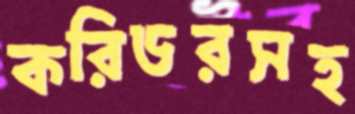
করিডরসহ